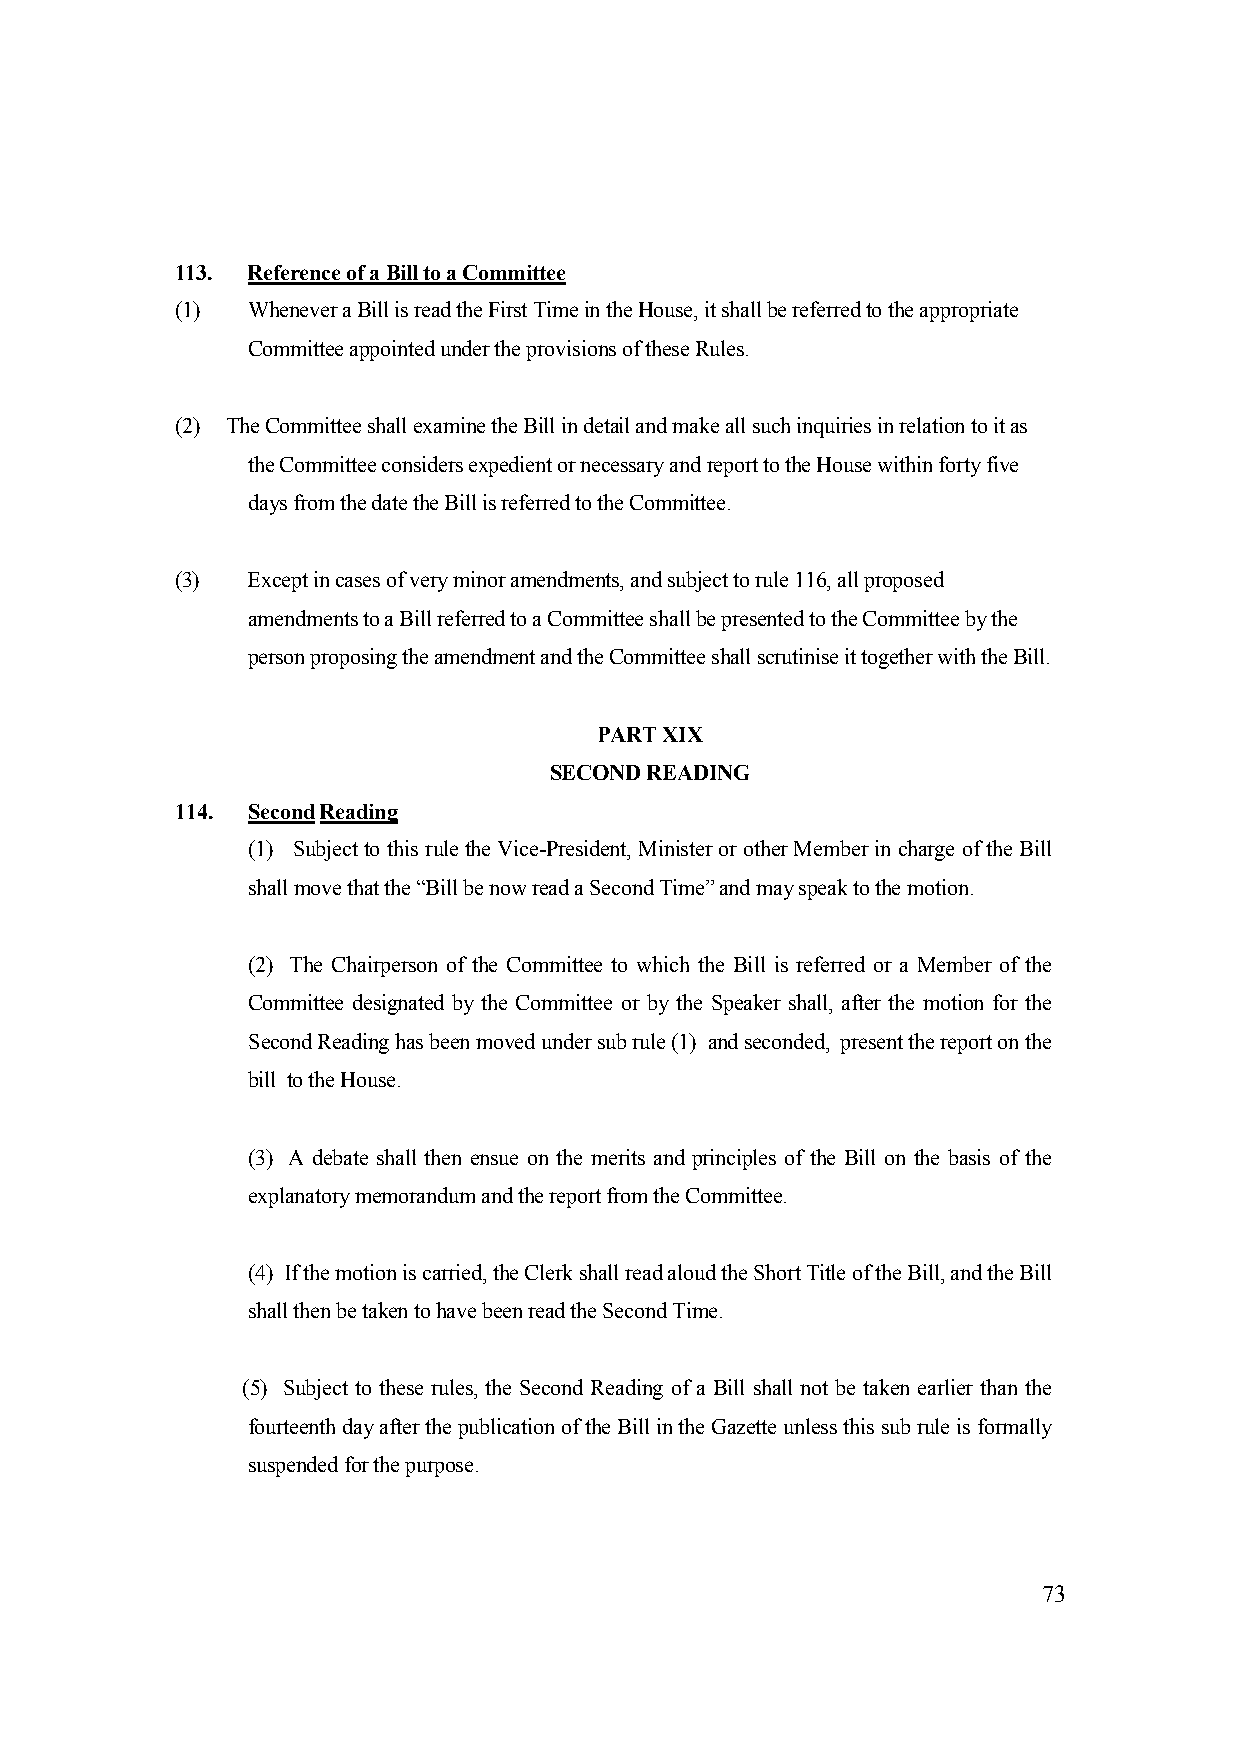
113. Reference of a Bill to a Committee
 (1) Whenever a Bill is read the First Time in the House, it shall be referred to the appropriate
 Committee appointed under the provisions of these Rules.
 (2) The Committee shall examine the Bill in detail and make all such inquiries in relation to it as
 the Committee considers expedient or necessary and report to the House within forty five
 days from the date the Bill is referred to the Committee.
 (3) Except in cases of very minor amendments, and subject to rule 116, all proposed
 amendments to a Bill referred to a Committee shall be presented to the Committee by the
 person proposing the amendment and the Committee shall scrutinise it together with the Bill.
 PART XIX
 SECOND READING
 114. Second Reading
 (1) Subject to this rule the Vice-President, Minister or other Member in charge of the Bill
 shall move that the “Bill be now read a Second Time” and may speak to the motion.
 (2) The Chairperson of the Committee to which the Bill is referred or a Member of the
 Committee designated by the Committee or by the Speaker shall, after the motion for the
 Second Reading has been moved under sub rule (1) and seconded, present the report on the
 bill to the House.
 (3) A debate shall then ensue on the merits and principles of the Bill on the basis of the
 explanatory memorandum and the report from the Committee.
 (4) If the motion is carried, the Clerk shall read aloud the Short Title of the Bill, and the Bill
 shall then be taken to have been read the Second Time.
 (5) Subject to these rules, the Second Reading of a Bill shall not be taken earlier than the
 fourteenth day after the publication of the Bill in the Gazette unless this sub rule is formally
 suspended for the purpose.
 73